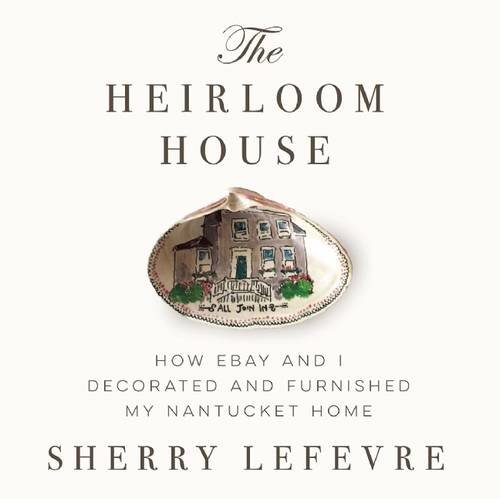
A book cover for The Heirloom House: How eBay and I Decorated and Furnished My Nantucket Home; Sherry Lefevre; Crafts, Hobbies & Home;